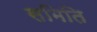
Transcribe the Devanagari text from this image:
समिति